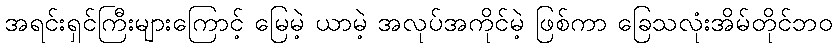
အရင်းရှင်ကြီးများကြောင့် မြေမဲ့ ယာမဲ့ အလုပ်အကိုင်မဲ့ ဖြစ်ကာ ခြေသလုံးအိမ်တိုင်ဘဝ